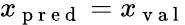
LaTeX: x_{\mathrm{~p~r~e~d~}}=x_{\mathrm{~v~a~l~}}